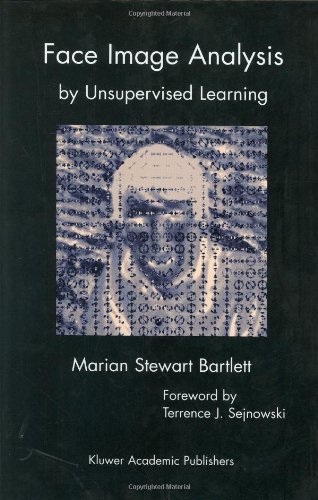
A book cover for Face Image Analysis by Unsupervised Learning (The Springer International Series in Engineering and Computer Science); Marian Stewart Bartlett; Computers & Technology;